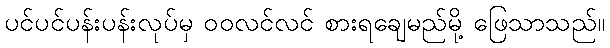
ပင်ပင်ပန်းပန်းလုပ်မှ ဝဝလင်လင် စားရချေမည်မို့ ဖြေသာသည်။